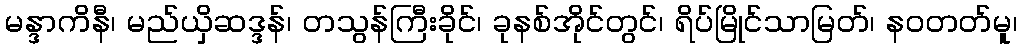
မန္ဒာကိနီ၊ မည်ယှိဆဒ္ဒန်၊ တသွန်ကြီးခိုင်၊ ခုနစ်အိုင်တွင်၊ ရိပ်မြိုင်သာမြတ်၊ နဝတတ်မူ၊